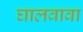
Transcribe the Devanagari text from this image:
घालवावा